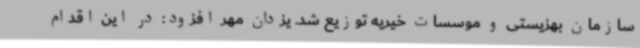
سازمان بهزیستی و موسسات خیریه توزیع شد. یزدان مهر افزود: در این اقدام